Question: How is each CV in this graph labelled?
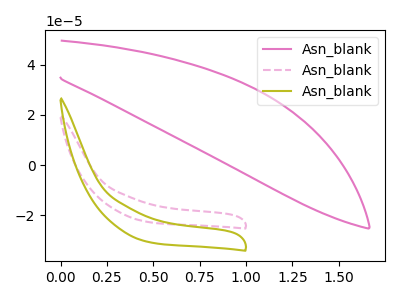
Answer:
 <answer>The pink curve is labeled "Asn_blank1". The pink dashed curve is labeled "Asn_blank2". The olive curve is labeled "Asn_blank3".</answer>
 <eval></eval>